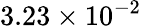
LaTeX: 3.23\times 10^{-2}